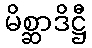
မိစ္ဆာဒိဋ္ဌီ